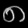
Digit: ၈